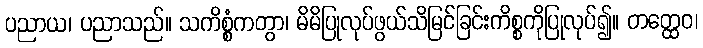
ပညာယ၊ ပညာသည်။ သကိစ္စံကတွာ၊ မိမိပြုလုပ်ဖွယ်သိမြင်ခြင်းကိစ္စကိုပြုလုပ်၍။ တတ္ထေဝ၊